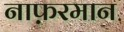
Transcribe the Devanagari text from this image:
नाफ़रमान